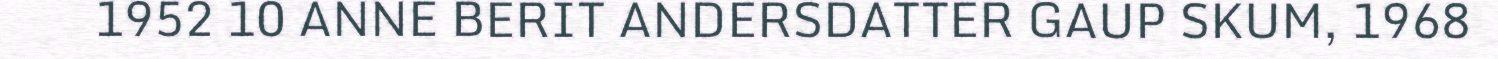
1952 10 ANNE BERIT ANDERSDATTER GAUP SKUM, 1968